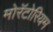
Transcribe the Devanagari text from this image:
मोरॅटोरियम